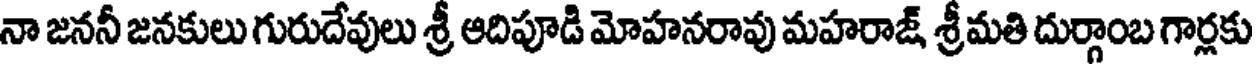
నా జననీ జనకులు గురుదేవులు శ్రీ ఆదిపూడి మోహనరావు మహరాజ్ శ్రీమతి దుర్గాంబ గార్లకు